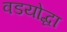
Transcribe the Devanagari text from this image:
वडयोद्धा